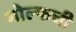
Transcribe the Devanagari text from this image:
गोल्फची